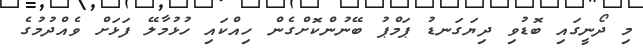
މި ދޯނީގައި ބޮޑުވި ދިޔަގަނޑު ޕަމްޕު ބޭނުންކޮށްގެން ހިއްކައި ހުޅުމާލޭ ފަޅަށް ވެއްދުމުގެ